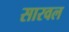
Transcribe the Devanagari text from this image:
सारवल